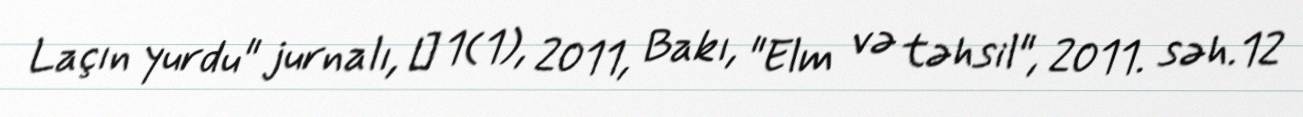
Laçın yurdu" jurnalı, № 1(1), 2011, Bakı, "Elm və təhsil", 2011. səh.12